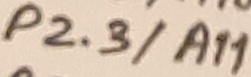
Text: P2.3/A11